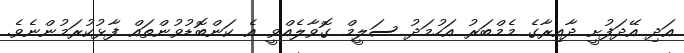
އަދި އޭދަފުށީ ދާއިރާގެ މެމްބަރު އަހުމަދު ސަލީމް ގޮވާލެއްވީ އެ ކަންބޮޑުވުންތައް ފާޅުކުރަމުންނެވެ.